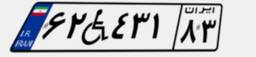
۹۰W۳۳۸۲۱